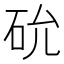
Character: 𥐸